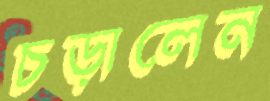
চড়ালেন